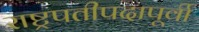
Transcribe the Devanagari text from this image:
राष्ट्रपतीपदापूर्वी